Leaving Certificate Examination, 1911
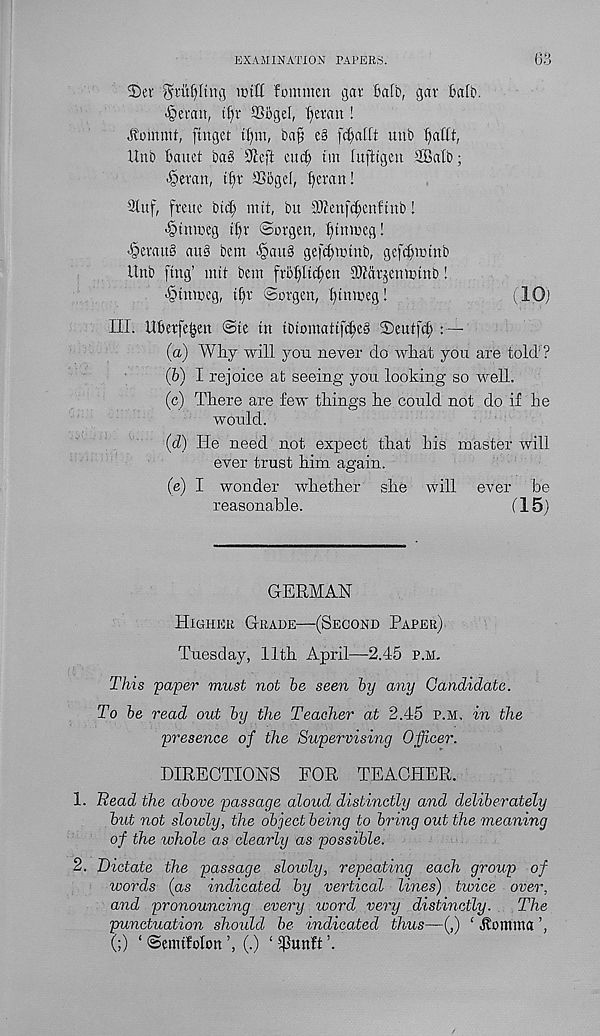
EXAMINATION PAPERS.
63
©er ^rpltug ictff fommen gat' Baft), gat Mb.
^eran, tf)t SSligel, Retail!
Jbommt, ftnget tfjnt, ba§ e§ f^afff uub f)afft,
Unb Bauct ba§ s Jieff eucB tin fufftgen 2Bafb;
«§etan, tf)t fBogef, f)etan!
9fuf, frette btcfi> mtf, bu £0?enf(B;enftnb!
<§tmneg t^t @orgen, f) in in eg!
'§etau§ au§ bcm ^au§ ge[cf)itunb, gef(|ictnb
itnb ftng’ mit bent ftBf)ticf)en fDfdt^emntnb!
<§«ncg, tf)t ©otgen, Btmneg!
(lOj
III. UBetfegen ©te in tbiomatif^eS 2)eutf(f :—
(a) Why will you never do what you are told ?
(b) I rejoice at seeing you. looking so well,
(c) There are few things he could not do if he
would.
(d) He need not expect that bis master will
ever trust him again.
(e) I wonder whether she will ever be
reasonable.
(15)
GERMAN
Higher Grade—(Second Paper)
Tuesday, 11th April—2.45 p.m.
This paper must not be seen by any Candidate.
To be read out by the Teacher at 2.45 p.m, in the
presence of the Supervising Officer.
DIRECTIONS FOR TEACHER.
1. Bead the above passage aloud distinctly and deliberately
but not slowly, the object being to bring out the meaning
of the whole as clearly as possible.
2. Dictate the passage slowly, repeating each group of
words (as indicated by vertical lines) twice over,
and pronouncing every word very distinctly.
The
punctuation should be indicated thus—(,) ‘ Jlomina
(;) ‘©emifolon’, (.) ‘SPunft’.